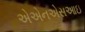
એએનએસઆઇ